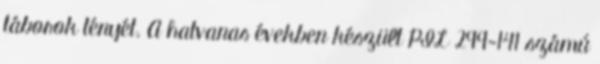
táborok tényét. A hatvanas években készült PIL 299-141 számú